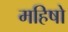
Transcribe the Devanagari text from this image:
महिषो